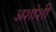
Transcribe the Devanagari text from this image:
अशांशी